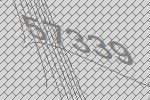
57339